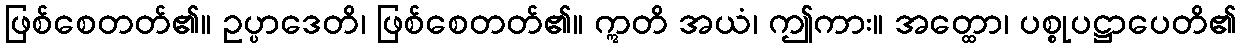
ဖြစ်စေတတ်၏။ ဥပ္ပာဒေတိ၊ ဖြစ်စေတတ်၏။ ဣတိ အယံ၊ ဤကား။ အတ္ထော၊ ပစ္စုပဋ္ဌာပေတိ၏